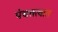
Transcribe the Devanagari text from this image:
पंचतत्वात